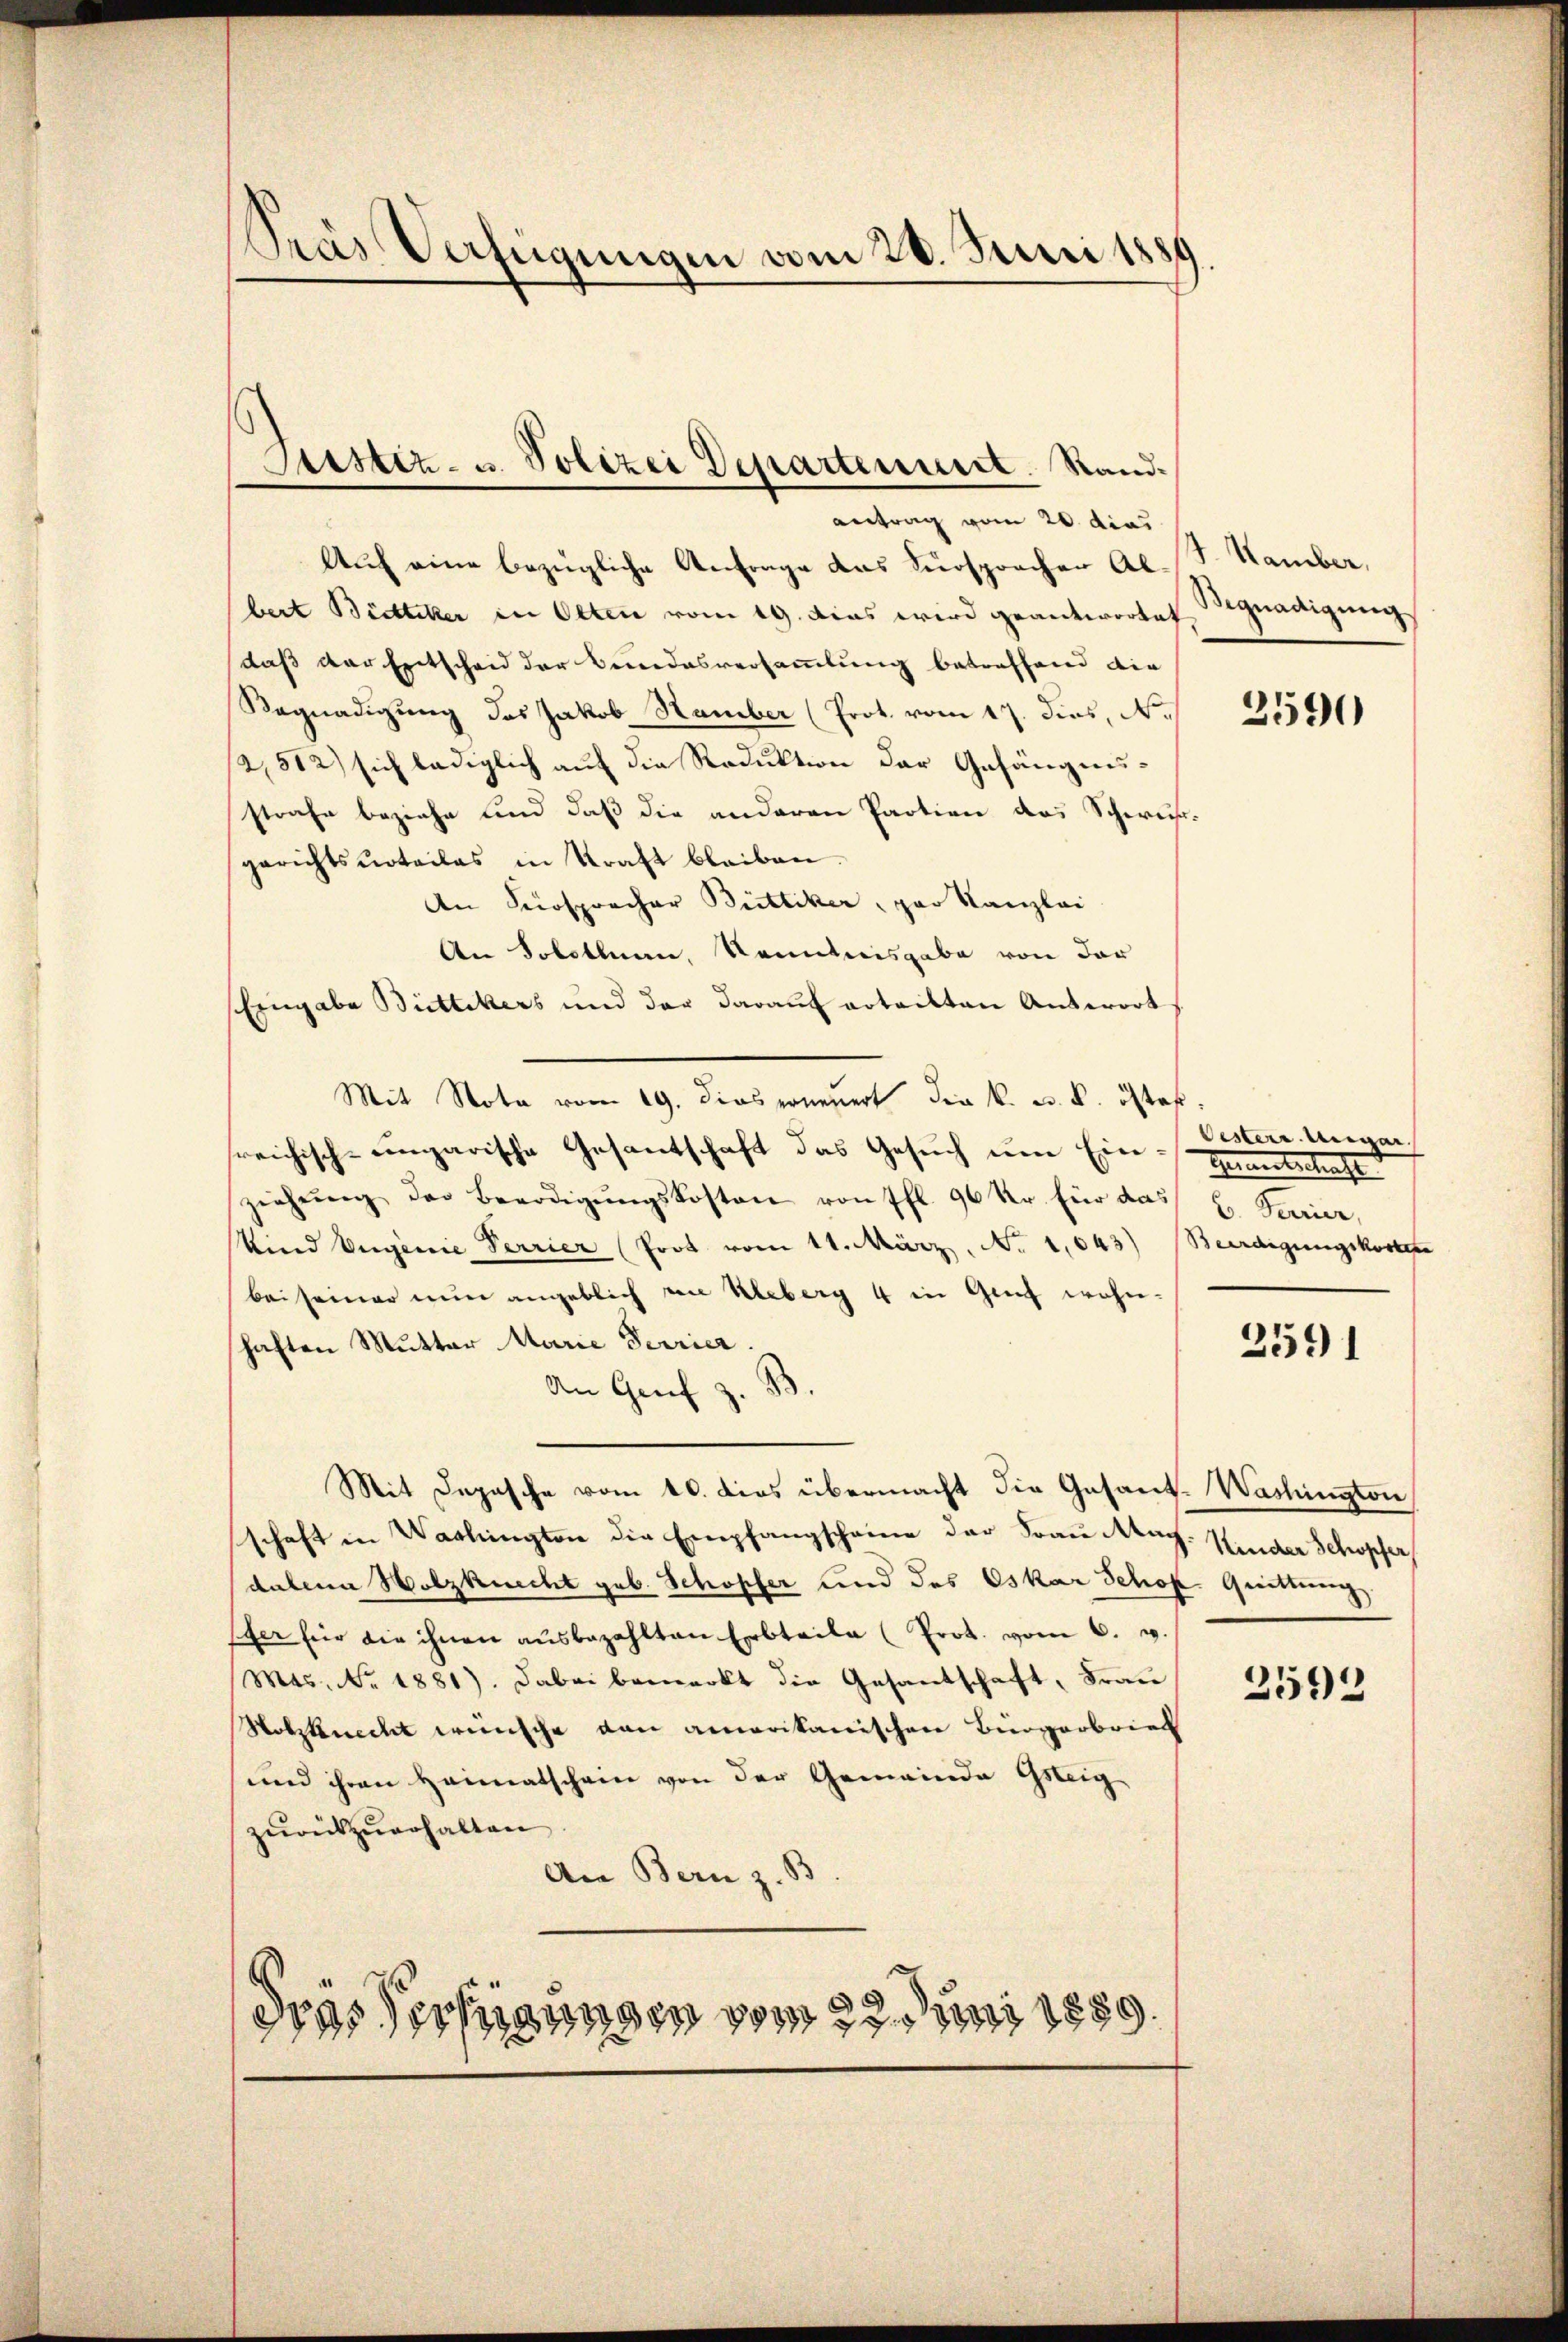
Dras Verfügungen vom 20. Juni 1859

Justiz- u. Polizei Departenuert. Sand¬

antrag vom 20. dies
Auf eine bezügliche Anfrage das Fürsprochen Al. S. Hamber,
bert Bietiker in Olten vom 19. Das wird geantwortet gnadigung
daß der Entscheid der Bundesversammlung betreffend die
Wegnadigung das Jakob Stamber (Prot. vom 17. dies, N.
2,512) sich lediglich auf die Reduktion der Gefängnisstrafe beziehe und daß die anderen Partion das Schwur
gerichtsurteilas in Kraft bleiben.
An Fürspracher Büttiker, par Kanzlei
An Solothurn, Kenntnisgabe von der
Eingabe Büttikers und der darauf erteilten Antwort
Mit Nota vom 19. dies erneuert die k. k. k. öster.
sreichisch-ungarische Gesantschaft das Gesuch um Ein- Handtschaft
ziehŭng der Beerdigŭngskosten von fl. 96 Kr. für das L. Sarice,
Mind Eigenie Perrier (Prot vom 11. März, No 1,043) Beerdigungskostere
bei seiner nun angeblich im Ueberg 4 in Genf wohnhaften Mutter Marie Terrier
d
An Grief z.
Mit Depesche vom 10. dies übermacht die Gesand- Washington
schaft in Washington die Empfangscheine der Frau Mag. Kinder Schopfer
dabein Wolzknecht geb. Schopfer und des Oskar Schof. Quittung
Efer für die ihnen aŭsbezahlten Erbteile (Prot. vom 6. v.
Mts. No. 1881). Dabei bemerkt die Gesantschaft, Frau
Nolzknecht wünsche von amerikanischen Bürgerbrief
und ihren Heimatschein von der Gemeinde Gsteig
zurückzuerhalten
An Bern z. S
dras Technungen vom 22. Juni 1889.

2590

Oester Ungar

2591

2595